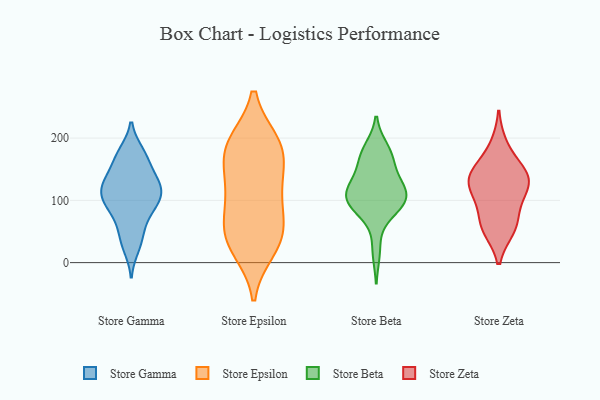
{"axis": {"x": "Backlog", "y": "Value"}, "legend": ["Store Beta", "Store Epsilon", "Store Gamma", "Store Zeta"], "data": [{"x": "", "y": 176, "type": "Store Gamma"}, {"x": "", "y": 93, "type": "Store Gamma"}, {"x": "", "y": 24, "type": "Store Gamma"}, {"x": "", "y": 134, "type": "Store Gamma"}, {"x": "", "y": 54, "type": "Store Gamma"}, {"x": "", "y": 115, "type": "Store Gamma"}, {"x": "", "y": 111, "type": "Store Gamma"}, {"x": "", "y": 165, "type": "Store Gamma"}, {"x": "", "y": 129, "type": "Store Gamma"}, {"x": "", "y": 177, "type": "Store Gamma"}, {"x": "", "y": 122, "type": "Store Gamma"}, {"x": "", "y": 148, "type": "Store Gamma"}, {"x": "", "y": 80, "type": "Store Gamma"}, {"x": "", "y": 38, "type": "Store Gamma"}, {"x": "", "y": 99, "type": "Store Gamma"}, {"x": "", "y": 116, "type": "Store Gamma"}, {"x": "", "y": 85, "type": "Store Gamma"}, {"x": "", "y": 122, "type": "Store Epsilon"}, {"x": "", "y": 98, "type": "Store Epsilon"}, {"x": "", "y": 61, "type": "Store Epsilon"}, {"x": "", "y": 191, "type": "Store Epsilon"}, {"x": "", "y": 192, "type": "Store Epsilon"}, {"x": "", "y": 171, "type": "Store Epsilon"}, {"x": "", "y": 38, "type": "Store Epsilon"}, {"x": "", "y": 115, "type": "Store Epsilon"}, {"x": "", "y": 33, "type": "Store Epsilon"}, {"x": "", "y": 192, "type": "Store Epsilon"}, {"x": "", "y": 54, "type": "Store Epsilon"}, {"x": "", "y": 22, "type": "Store Epsilon"}, {"x": "", "y": 161, "type": "Store Epsilon"}, {"x": "", "y": 176, "type": "Store Beta"}, {"x": "", "y": 103, "type": "Store Beta"}, {"x": "", "y": 19, "type": "Store Beta"}, {"x": "", "y": 115, "type": "Store Beta"}, {"x": "", "y": 114, "type": "Store Beta"}, {"x": "", "y": 182, "type": "Store Beta"}, {"x": "", "y": 136, "type": "Store Beta"}, {"x": "", "y": 99, "type": "Store Beta"}, {"x": "", "y": 165, "type": "Store Beta"}, {"x": "", "y": 117, "type": "Store Beta"}, {"x": "", "y": 118, "type": "Store Beta"}, {"x": "", "y": 86, "type": "Store Beta"}, {"x": "", "y": 90, "type": "Store Beta"}, {"x": "", "y": 165, "type": "Store Beta"}, {"x": "", "y": 89, "type": "Store Beta"}, {"x": "", "y": 58, "type": "Store Zeta"}, {"x": "", "y": 150, "type": "Store Zeta"}, {"x": "", "y": 129, "type": "Store Zeta"}, {"x": "", "y": 62, "type": "Store Zeta"}, {"x": "", "y": 135, "type": "Store Zeta"}, {"x": "", "y": 133, "type": "Store Zeta"}, {"x": "", "y": 108, "type": "Store Zeta"}, {"x": "", "y": 100, "type": "Store Zeta"}, {"x": "", "y": 188, "type": "Store Zeta"}, {"x": "", "y": 54, "type": "Store Zeta"}, {"x": "", "y": 143, "type": "Store Zeta"}]}